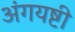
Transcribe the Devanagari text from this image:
अंगयष्टी